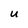
Character: U